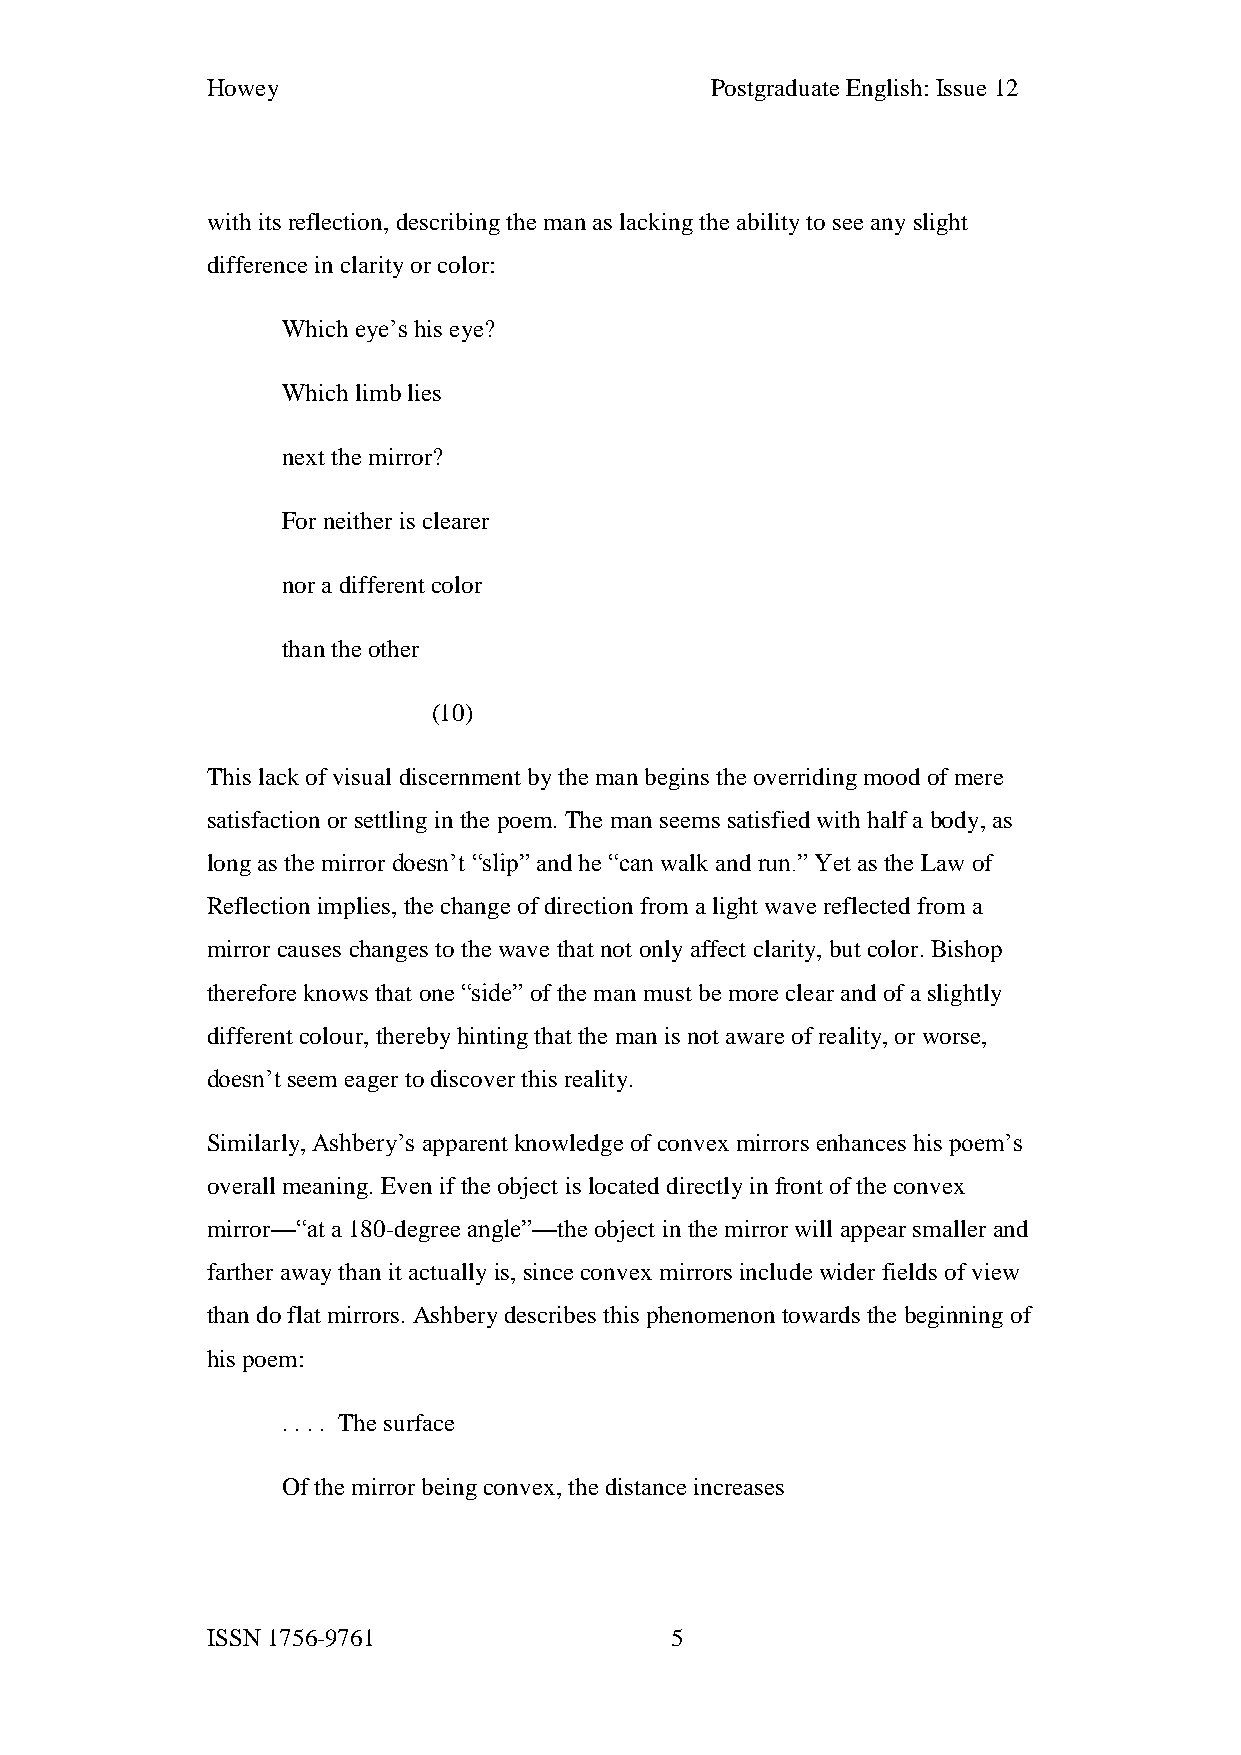
Howey                            Postgraduate English: Issue 12
 with its reflection, describing the man as lacking the ability to see any slight
 difference in clarity or color:
 Which eye’s his eye?
 Which limb lies
 next the mirror?
 For neither is clearer
 nor a different color
 than the other
 (10)
 This lack of visual discernment by the man begins the overriding mood of mere
 satisfaction or settling in the poem. The man seems satisfied with half a body, as
 long as the mirror doesn’t “slip” and he “can walk and run.” Yet as the Law of
 Reflection implies, the change of direction from a light wave reflected from a
 mirror causes changes to the wave that not only affect clarity, but color. Bishop
 therefore knows that one “side” of the man must be more clear and of a slightly
 different colour, thereby hinting that the man is not aware of reality, or worse,
 doesn’t seem eager to discover this reality.
 Similarly, Ashbery’s apparent knowledge of convex mirrors enhances his poem’s
 overall meaning. Even if the object is located directly in front of the convex
 mirror—“at a 180-degree angle”—the object in the mirror will appear smaller and
 farther away than it actually is, since convex mirrors include wider fields of view
 than do flat mirrors. Ashbery describes this phenomenon towards the beginning of
 his poem:
 . . . . The surface
 Of the mirror being convex, the distance increases
 ISSN 1756-9761                5